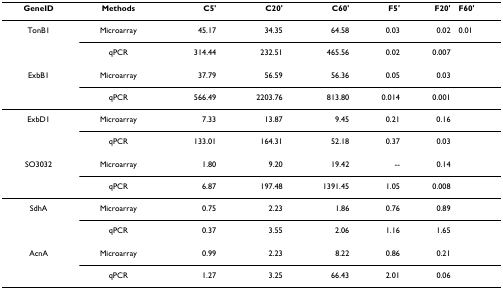
<table><thead><tr><td><b>GeneID</b></td><td><b>Methods</b></td><td><b>C5&#x27;</b></td><td><b>C20&#x27;</b></td><td><b>C60&#x27;</b></td><td><b>F5&#x27;</b></td><td><b>F20&#x27;</b></td><td><b>F60&#x27;</b></td></tr></thead><tbody><tr><td>TonB1</td><td>Microarray</td><td>45.17</td><td>34.35</td><td>64.58</td><td>0.03</td><td>0.02</td><td>0.01</td></tr><tr><td></td><td>qPCR</td><td>314.44</td><td>232.51</td><td>465.56</td><td>0.02</td><td>0.007</td><td></td></tr><tr><td>ExbB1</td><td>Microarray</td><td>37.79</td><td>56.59</td><td>56.36</td><td>0.05</td><td>0.03</td><td></td></tr><tr><td></td><td>qPCR</td><td>566.49</td><td>2203.76</td><td>813.80</td><td>0.014</td><td>0.001</td><td></td></tr><tr><td>ExbD1</td><td>Microarray</td><td>7.33</td><td>13.87</td><td>9.45</td><td>0.21</td><td>0.16</td><td></td></tr><tr><td></td><td>qPCR</td><td>133.01</td><td>164.31</td><td>52.18</td><td>0.37</td><td>0.03</td><td></td></tr><tr><td>SO3032</td><td>Microarray</td><td>1.80</td><td>9.20</td><td>19.42</td><td>--</td><td>0.14</td><td></td></tr><tr><td></td><td>qPCR</td><td>6.87</td><td>197.48</td><td>1391.45</td><td>1.05</td><td>0.008</td><td></td></tr><tr><td>SdhA</td><td>Microarray</td><td>0.75</td><td>2.23</td><td>1.86</td><td>0.76</td><td>0.89</td><td></td></tr><tr><td></td><td>qPCR</td><td>0.37</td><td>3.55</td><td>2.06</td><td>1.16</td><td>1.65</td><td></td></tr><tr><td>AcnA</td><td>Microarray</td><td>0.99</td><td>2.23</td><td>8.22</td><td>0.86</td><td>0.21</td><td></td></tr><tr><td></td><td>qPCR</td><td>1.27</td><td>3.25</td><td>66.43</td><td>2.01</td><td>0.06</td><td></td></tr></tbody></table>